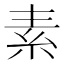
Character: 素